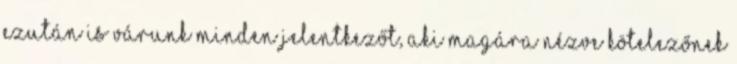
ezután is várunk minden jelentkezőt, aki magára nézve kötelezőnek